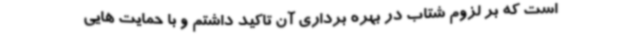
است که بر لزوم شتاب در بهره برداری آن تاکید داشتم و با حمایت هایی